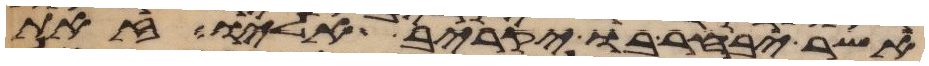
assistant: אשר יבחר בו יקריב אליו זאת